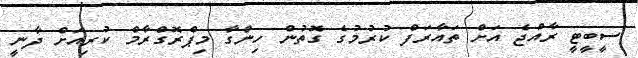
ސީބީޓީ ރާއްޖެ އަށް ތައާރަފް ކުރުމުގެ ގޮތުން ހިންގާ މިޕްރޮގްރާމް ކުރިއަށް ދާނީ